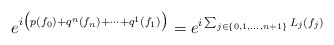
\begin{align*}e^{i\big(p(f_0)+q^n(f_n)+\dots+q^1(f_1)\big)}=e^{i\sum_{j\in \{0,1,\dots,n+1\}}L_j(f_j)}\end{align*}